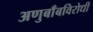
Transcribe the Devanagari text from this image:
अणुबाँबविरोधी